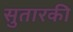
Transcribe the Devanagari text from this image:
सुतारकी